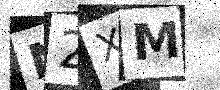
Text: N2XM